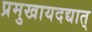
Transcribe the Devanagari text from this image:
प्रमुखायदद्यात्